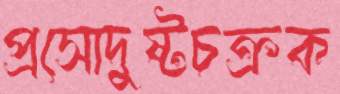
প্রসোদুষ্টচক্রক